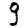
Digit: 9